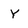
Character: Y